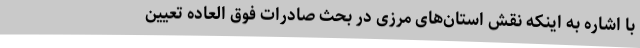
با اشاره به اینکه نقش استان‌های مرزی در بحث صادرات فوق العاده تعیین